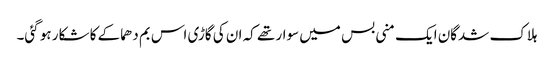
ہلاک شدگان ایک منی بس میں سوار تھے کہ ان کی گاڑی اس بم دھماکے کا شکار ہو گئی۔